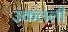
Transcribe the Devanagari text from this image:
उकलली